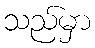
သည်မှာ